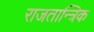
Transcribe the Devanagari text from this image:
राजतान्त्रिक